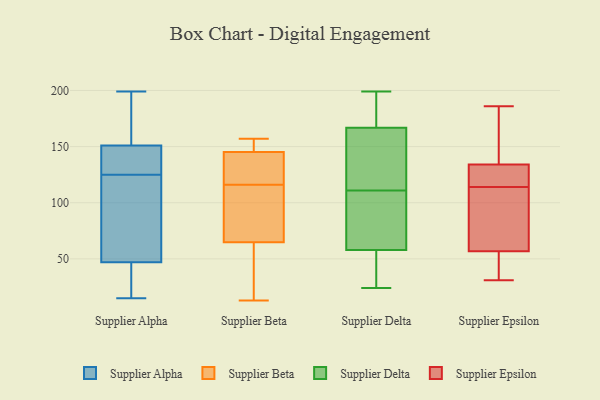
{"axis": {"x": "Population (Million)", "y": "Value"}, "legend": ["Supplier Alpha", "Supplier Beta", "Supplier Delta", "Supplier Epsilon"], "data": [{"x": "", "y": 139, "type": "Supplier Alpha"}, {"x": "", "y": 15, "type": "Supplier Alpha"}, {"x": "", "y": 28, "type": "Supplier Alpha"}, {"x": "", "y": 151, "type": "Supplier Alpha"}, {"x": "", "y": 100, "type": "Supplier Alpha"}, {"x": "", "y": 70, "type": "Supplier Alpha"}, {"x": "", "y": 136, "type": "Supplier Alpha"}, {"x": "", "y": 133, "type": "Supplier Alpha"}, {"x": "", "y": 199, "type": "Supplier Alpha"}, {"x": "", "y": 123, "type": "Supplier Alpha"}, {"x": "", "y": 191, "type": "Supplier Alpha"}, {"x": "", "y": 87, "type": "Supplier Alpha"}, {"x": "", "y": 47, "type": "Supplier Alpha"}, {"x": "", "y": 17, "type": "Supplier Alpha"}, {"x": "", "y": 156, "type": "Supplier Alpha"}, {"x": "", "y": 127, "type": "Supplier Alpha"}, {"x": "", "y": 33, "type": "Supplier Alpha"}, {"x": "", "y": 173, "type": "Supplier Alpha"}, {"x": "", "y": 25, "type": "Supplier Beta"}, {"x": "", "y": 157, "type": "Supplier Beta"}, {"x": "", "y": 148, "type": "Supplier Beta"}, {"x": "", "y": 62, "type": "Supplier Beta"}, {"x": "", "y": 115, "type": "Supplier Beta"}, {"x": "", "y": 149, "type": "Supplier Beta"}, {"x": "", "y": 122, "type": "Supplier Beta"}, {"x": "", "y": 137, "type": "Supplier Beta"}, {"x": "", "y": 73, "type": "Supplier Beta"}, {"x": "", "y": 116, "type": "Supplier Beta"}, {"x": "", "y": 13, "type": "Supplier Beta"}, {"x": "", "y": 46, "type": "Supplier Delta"}, {"x": "", "y": 161, "type": "Supplier Delta"}, {"x": "", "y": 184, "type": "Supplier Delta"}, {"x": "", "y": 127, "type": "Supplier Delta"}, {"x": "", "y": 199, "type": "Supplier Delta"}, {"x": "", "y": 62, "type": "Supplier Delta"}, {"x": "", "y": 24, "type": "Supplier Delta"}, {"x": "", "y": 26, "type": "Supplier Delta"}, {"x": "", "y": 111, "type": "Supplier Delta"}, {"x": "", "y": 84, "type": "Supplier Delta"}, {"x": "", "y": 194, "type": "Supplier Delta"}, {"x": "", "y": 108, "type": "Supplier Delta"}, {"x": "", "y": 129, "type": "Supplier Delta"}, {"x": "", "y": 48, "type": "Supplier Epsilon"}, {"x": "", "y": 31, "type": "Supplier Epsilon"}, {"x": "", "y": 104, "type": "Supplier Epsilon"}, {"x": "", "y": 58, "type": "Supplier Epsilon"}, {"x": "", "y": 158, "type": "Supplier Epsilon"}, {"x": "", "y": 186, "type": "Supplier Epsilon"}, {"x": "", "y": 89, "type": "Supplier Epsilon"}, {"x": "", "y": 126, "type": "Supplier Epsilon"}, {"x": "", "y": 53, "type": "Supplier Epsilon"}, {"x": "", "y": 125, "type": "Supplier Epsilon"}, {"x": "", "y": 114, "type": "Supplier Epsilon"}, {"x": "", "y": 162, "type": "Supplier Epsilon"}, {"x": "", "y": 120, "type": "Supplier Epsilon"}]}